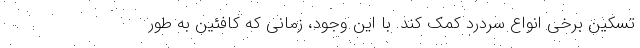
تسکین برخی انواع سردرد کمک کند. با این وجود، زمانی که کافئین به طور